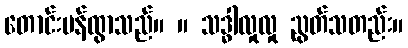
တောင်းပန်ထွာသည်။ ။ သဒ္ဓါလှုလှု ညွတ်သတည်း။